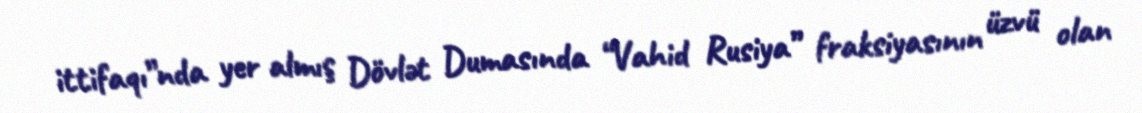
ittifaqı”nda yer almış Dövlət Dumasında “Vahid Rusiya” fraksiyasının üzvü olan